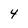
Character: 4